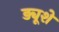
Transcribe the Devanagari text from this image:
ड्यूशे